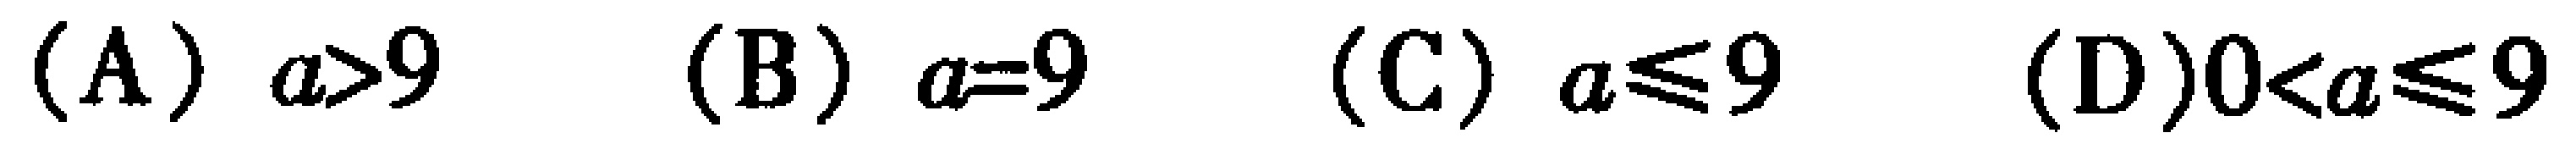
(A) \(a>9\)  (B) \(a = 9\)  (C) \(a\leqslant9\)  (D) \(0<a\leqslant9\)